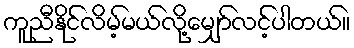
ကူညီနိုင်လိမ့်မယ်လို့မျှော်လင့်ပါတယ်။